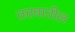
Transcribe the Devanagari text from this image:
तत्तवातील